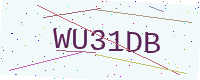
Text: WU31DB